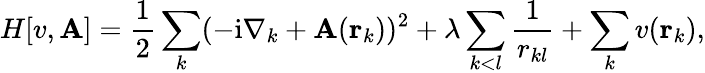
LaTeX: H[v,\mathbf{A}]=\frac{1}{2}\sum_{k}(-\mathrm{i}\nabla_{k}+\mathbf{A}(\mathbf{r}_{k}))^{2}+\lambda\sum_{k<l}\frac{1}{r_{kl}}+\sum_{k}v(\mathbf{r}_{k}),